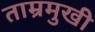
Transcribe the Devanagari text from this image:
ताम्रमुखी